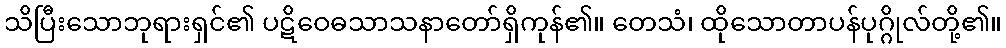
သိပြီးသောဘုရားရှင်၏ ပဋိဝေဓသာသနာတော်ရှိကုန်၏။ တေသံ၊ ထိုသောတာပန်ပုဂ္ဂိုလ်တို့၏။